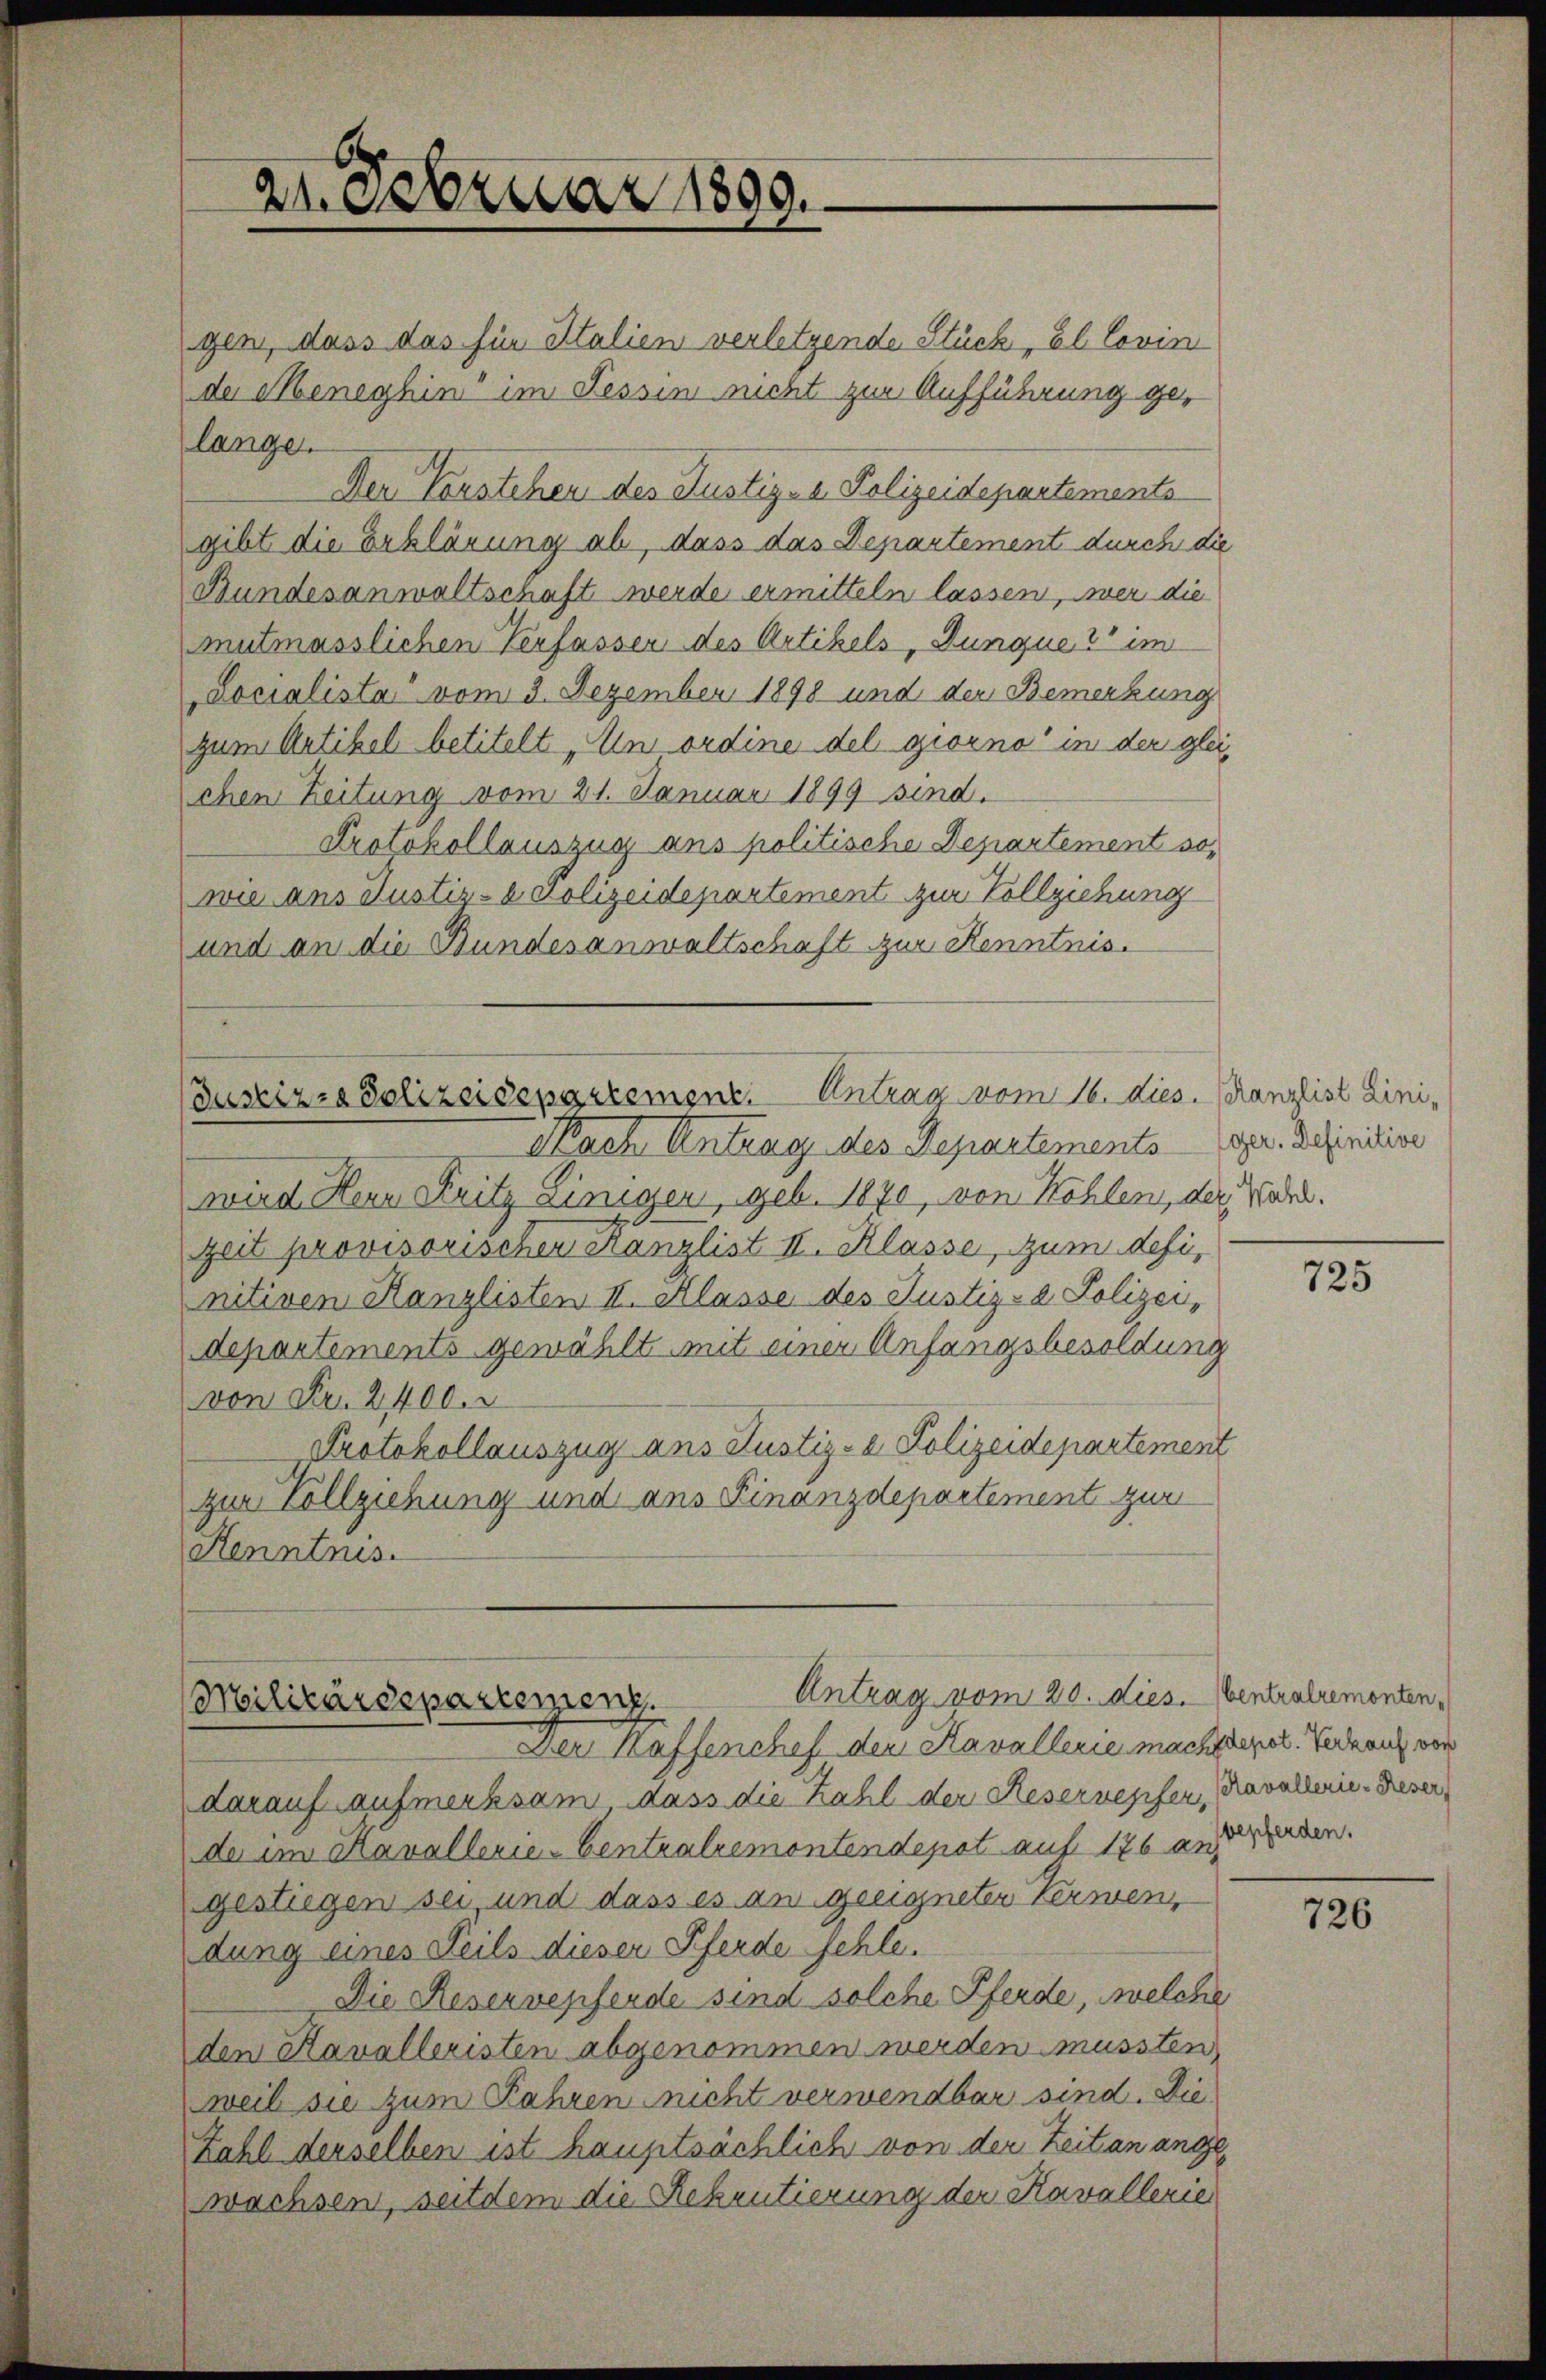
21. Februar 1890.

Justizza Polizeidepartement. Antrag vom 16. dies. Kanzlist Lini¬

gen, dass das für Italien verletzende Stück, El Covin
de Meneghin im Tessin nicht zur Aufführung gelange.
Der Vorstehen des Justiz- u. Polizeidepartements
gibt die Erklärung ab, dass das Departement durch die
Bundesanwaltschaft werde ermitteln lassen, wer die
utmasslichen Verfassen des Artikels, Jungue & im
Locialista vom 3. Dezember 1898 und der Bemerkung
zum Artikel betitelt „Un ordine del giorno in der gleichen Zeitung vom 21. Januar 1899 sind.
Protokollauszug aus politische Departement sowie ans Justiz- & Polizeidepartement zur Vollziehung
und an die Bundesanwaltschaft zur Kenntnis.

Nach Antrag des Departements
wird Hern Seitz Einigen, geb. 1870, von Köhlen, der Ward.
Zeit provisorischen Kanzlist III. Klasse, zum definitiven Kanzlisten II. Klasse des Justiz- & Polizei,
departements gewählt mit einer Anfangsbesoldung
von Fr. 2400.
Protokollauszug aus Justiz- & Polizeidepartement
zur Vollziehung und ans Finanzdepartement zur
Kenntnis.

Militärdepartemenz
Der Kaffenchef der Kavallerie machtenet. Verde auch von

Antrag vom 20. dies. Centralremonten¬

darauf aufmerksam, dass die Zahl der Resernegifer, Kavallerie-Reser
de im Kavallerie-Centralremontendepot auf 176 andenden.
gestiegen sei, und dass es an geeigneter Verwen
dung eines Teils dieser Pferde fehle.
Die Reservepferde sind solche Pferde, welche
den Kavalleristen abgenommen werden mussten,
weil sie zum Jahren nicht verwendbar sind. Die
Zahl derselben ist hauptsächlich von der Zeitan angewachsen, seitdem die Rekrutierung der Kavallerie

ger. Definitive

725

726